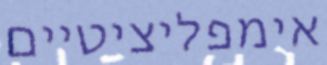
אימפליציטיים